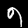
Label: 9